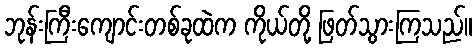
ဘုန်းကြီးကျောင်းတစ်ခုထဲက ကိုယ်တို့ ဖြတ်သွားကြသည်။